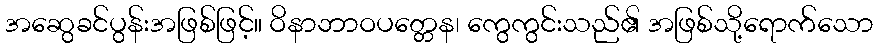
အဆွေခင်ပွန်းအဖြစ်ဖြင့်။ ဝိနာဘာဝပတ္တေန၊ ကွေကွင်းသည်၏ အဖြစ်သို့ရောက်သော